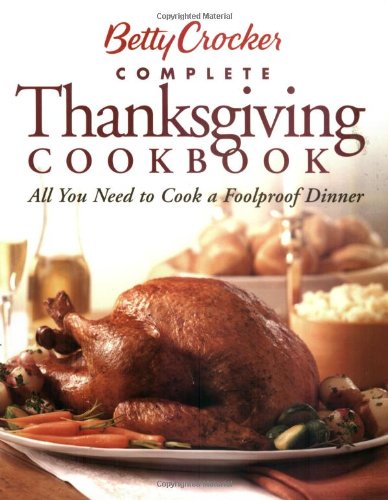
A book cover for Betty Crocker Complete Thanksgiving Cookbook: All You Need to Cook a Foolproof Dinner; Betty Crocker Editors; Cookbooks, Food & Wine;